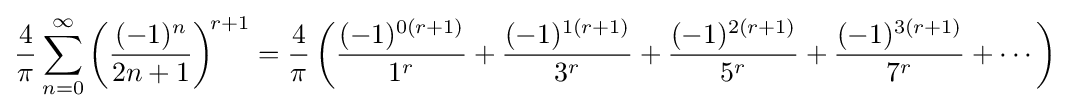
{\frac {4}{\pi }}\sum _{n=0}^{\infty }\left({\frac {(-1)^{n}}{2n+1}}\right)^{\!r+1}={\frac {4}{\pi }}\left({\frac {(-1)^{0(r+1)}}{1^{r}}}+{\frac {(-1)^{1(r+1)}}{3^{r}}}+{\frac {(-1)^{2(r+1)}}{5^{r}}}+{\frac {(-1)^{3(r+1)}}{7^{r}}}+\cdots \right)